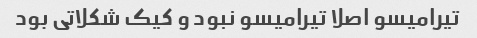
تیرامیسو اصلا تیرامیسو نبود و کیک شکلاتی بود